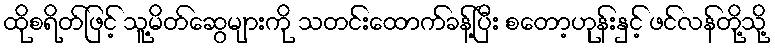
ထိုစရိတ်ဖြင့် သူ့မိတ်ဆွေများကို သတင်းထောက်ခန့်ပြီး စတော့ဟုန်းနှင့် ဖင်လန်တို့သို့